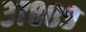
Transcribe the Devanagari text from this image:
३७८८९